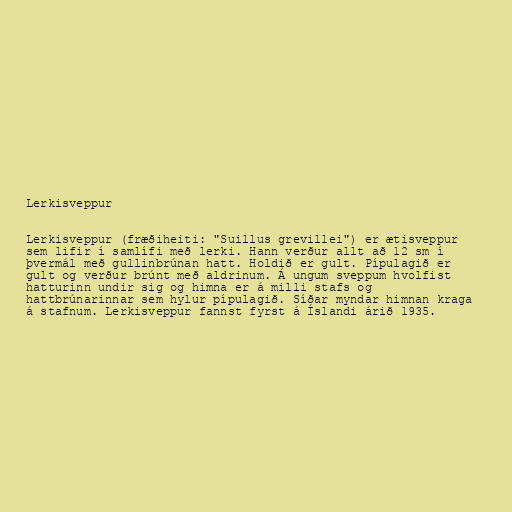
Lerkisveppur

Lerkisveppur (fræðiheiti: "Suillus grevillei") er ætisveppur
sem lifir í samlífi með lerki. Hann verður allt að 12 sm í
þvermál með gullinbrúnan hatt. Holdið er gult. Pípulagið er
gult og verður brúnt með aldrinum. Á ungum sveppum hvolfist
hatturinn undir sig og himna er á milli stafs og
hattbrúnarinnar sem hylur pípulagið. Síðar myndar himnan kraga
á stafnum. Lerkisveppur fannst fyrst á Íslandi árið 1935.